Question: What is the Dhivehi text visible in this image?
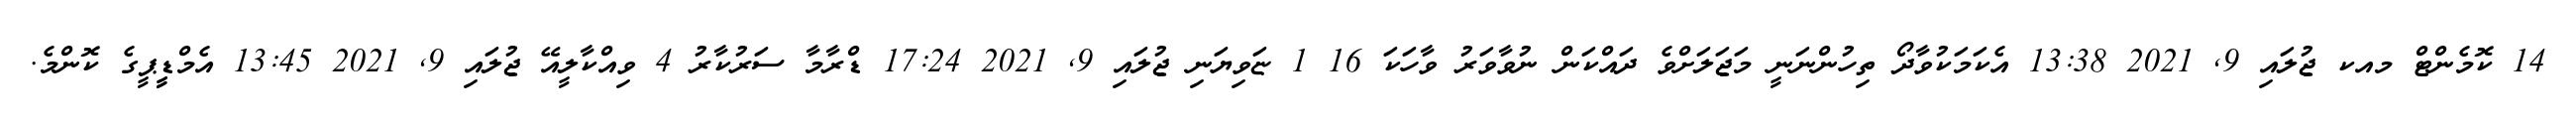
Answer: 14 ކޮމެންޓް މއކ ޖުލައި 9, 2021 13:38 އެކަމަކުވާދޯ ތިހުންނަނީ މަޖަލަށްވެ ދައްކަން ނުވާވަރު ވާހަކަ 16 1 ޏަވިޔަނި ޖުލައި 9, 2021 17:24 ޑްރާމާ ސަރުކާރު 4 ވިއްކާލީއޭ ޖުލައި 9, 2021 13:45 އެމްޑީީޕީގެ ކޮންމެ.